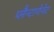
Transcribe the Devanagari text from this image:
प्लैन्टागेनेट